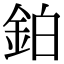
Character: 鉑